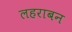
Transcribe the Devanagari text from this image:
लहराबन